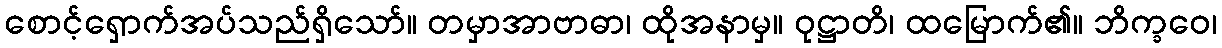
စောင့်ရှောက်အပ်သည်ရှိသော်။ တမှာအာဗာဓာ၊ ထိုအနာမှ။ ဝုဋ္ဌာတိ၊ ထမြောက်၏။ ဘိက္ခဝေ၊